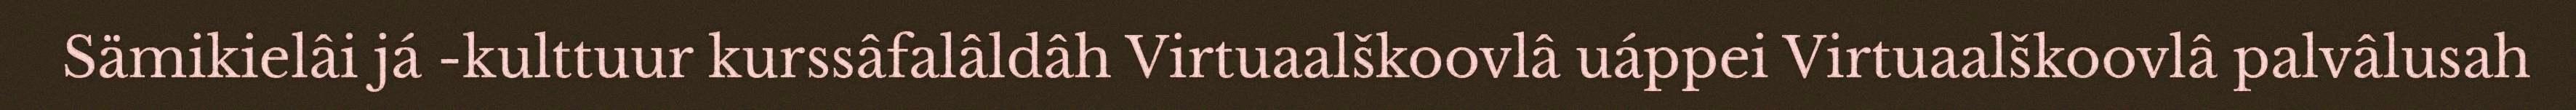
Sämikielâi já -kulttuur kurssâfalâldâh Virtuaalškoovlâ uáppei Virtuaalškoovlâ palvâlusah